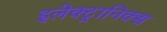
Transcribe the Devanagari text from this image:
इलेक्ट्रानिक्‍स